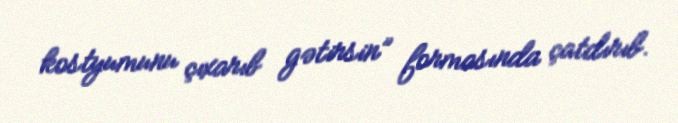
kostyumunu çıxarıb gətirsin” formasında çatdırıb.